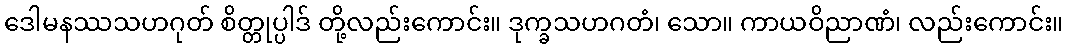
ဒေါမနဿသဟဂုတ် စိတ္တုပ္ပါဒ် တို့လည်းကောင်း။ ဒုက္ခသဟဂတံ၊ သော။ ကာယဝိညာဏံ၊ လည်းကောင်း။